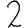
Digit: 2